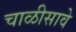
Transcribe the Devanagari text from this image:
चाळीसावे